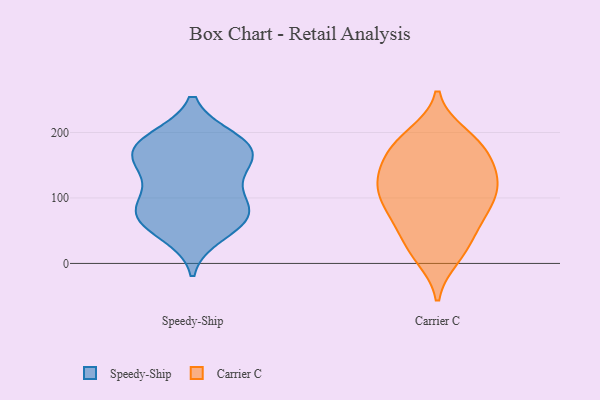
{"axis": {"x": "Latency (ms)", "y": "Value"}, "legend": ["Carrier C", "Speedy-Ship"], "data": [{"x": "", "y": 168, "type": "Speedy-Ship"}, {"x": "", "y": 86, "type": "Speedy-Ship"}, {"x": "", "y": 191, "type": "Speedy-Ship"}, {"x": "", "y": 69, "type": "Speedy-Ship"}, {"x": "", "y": 188, "type": "Speedy-Ship"}, {"x": "", "y": 155, "type": "Speedy-Ship"}, {"x": "", "y": 78, "type": "Speedy-Ship"}, {"x": "", "y": 170, "type": "Speedy-Ship"}, {"x": "", "y": 76, "type": "Speedy-Ship"}, {"x": "", "y": 89, "type": "Speedy-Ship"}, {"x": "", "y": 188, "type": "Speedy-Ship"}, {"x": "", "y": 137, "type": "Speedy-Ship"}, {"x": "", "y": 56, "type": "Speedy-Ship"}, {"x": "", "y": 162, "type": "Speedy-Ship"}, {"x": "", "y": 120, "type": "Speedy-Ship"}, {"x": "", "y": 44, "type": "Speedy-Ship"}, {"x": "", "y": 135, "type": "Carrier C"}, {"x": "", "y": 174, "type": "Carrier C"}, {"x": "", "y": 79, "type": "Carrier C"}, {"x": "", "y": 122, "type": "Carrier C"}, {"x": "", "y": 137, "type": "Carrier C"}, {"x": "", "y": 186, "type": "Carrier C"}, {"x": "", "y": 181, "type": "Carrier C"}, {"x": "", "y": 120, "type": "Carrier C"}, {"x": "", "y": 79, "type": "Carrier C"}, {"x": "", "y": 54, "type": "Carrier C"}, {"x": "", "y": 22, "type": "Carrier C"}, {"x": "", "y": 137, "type": "Carrier C"}, {"x": "", "y": 104, "type": "Carrier C"}, {"x": "", "y": 25, "type": "Carrier C"}, {"x": "", "y": 11, "type": "Carrier C"}, {"x": "", "y": 195, "type": "Carrier C"}, {"x": "", "y": 171, "type": "Carrier C"}, {"x": "", "y": 103, "type": "Carrier C"}, {"x": "", "y": 75, "type": "Carrier C"}]}